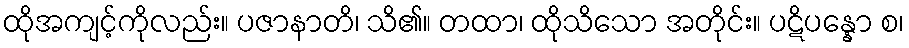
ထိုအကျင့်ကိုလည်း။ ပဇာနာတိ၊ သိ၏။ တထာ၊ ထိုသိသော အတိုင်း။ ပဋိပန္နော စ၊